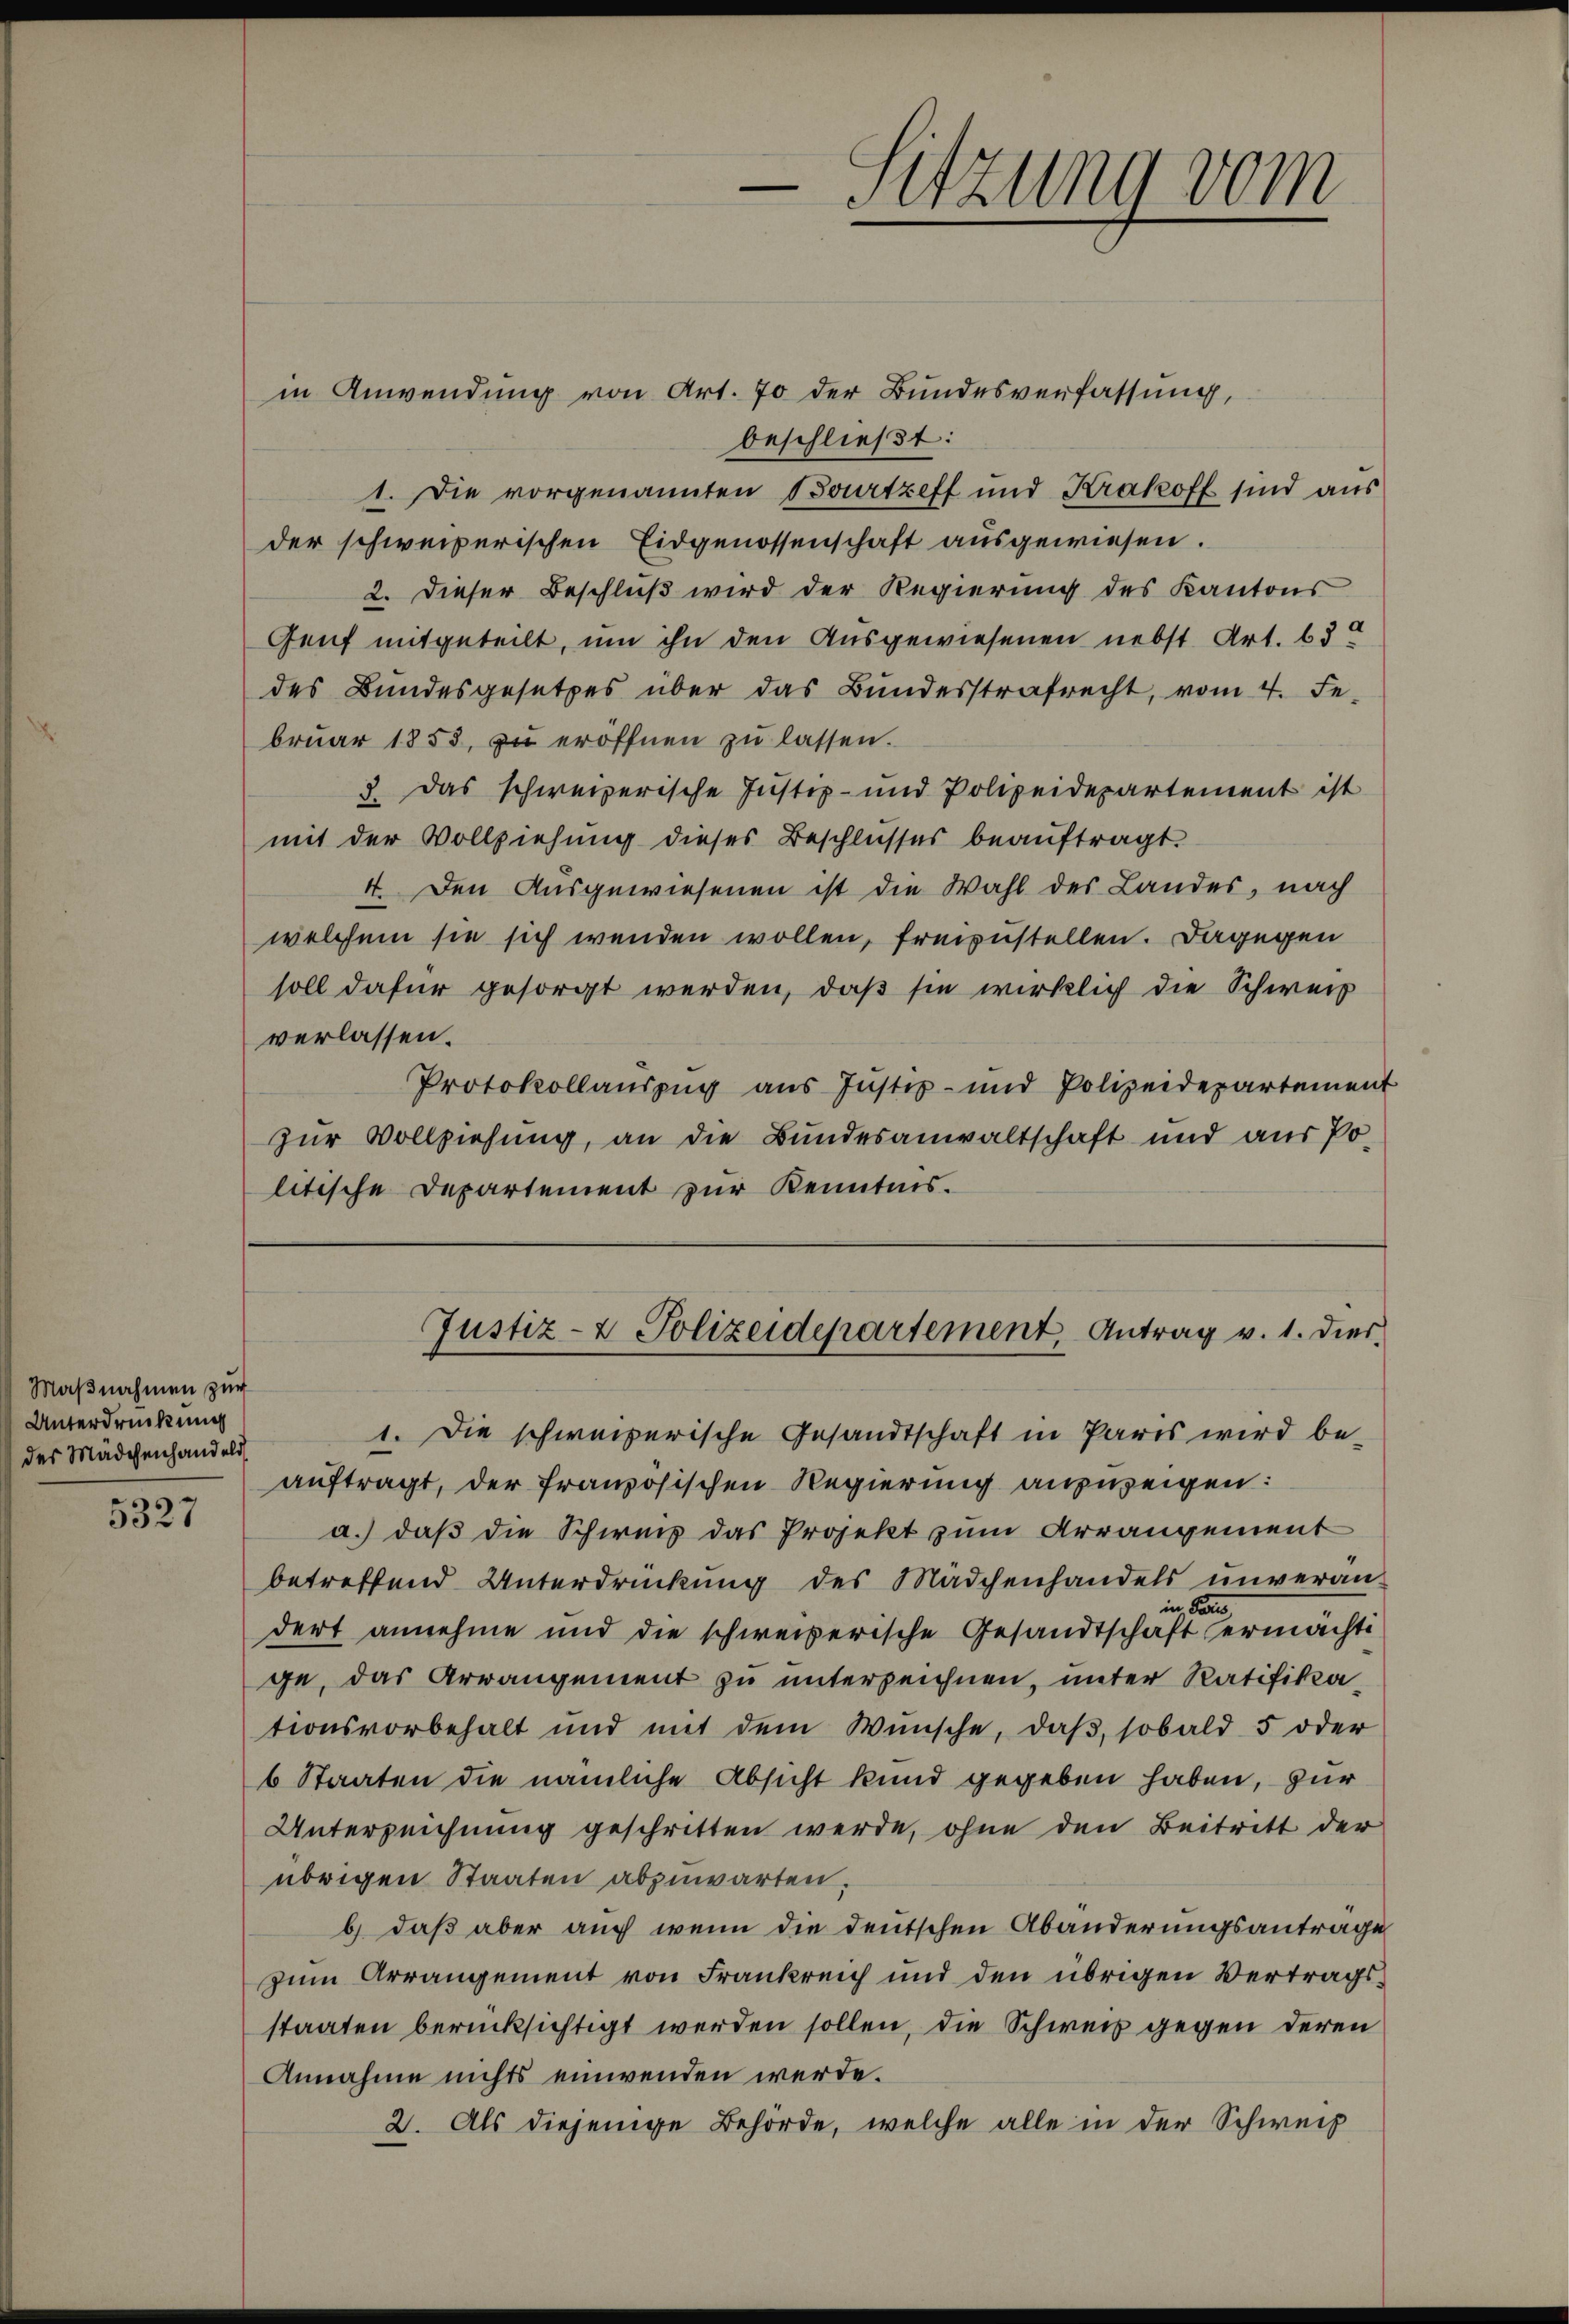
Maßnahmen zur
Unterdrückung
des Mädchenhandels

5327

-Sitzung vom

in Anwendung von Art. 70 der Bundesverfassung,
beschließt:
1. Die vorgenannten Bourtzeff und Krakoff sind aus
der schweizerischen Eidgenossenschaft ausgewiesen.
2. Dieser Beschluß wird der Regierung des Kantons
Genf mitgeteilt, um ihn den Ausgewiesenen nebst Art. 630
des Bundesgesetzes über das Bundesstrafrecht, vom 4. Fe
bruar 1853, zu eröffnen zu lassen.
). Das schweizerische Justiz- und Polizeidepartement ist
mit der Vollziehung dieses Beschlusses beauftragt.
4. Den Ausgewiesenen ist die Wahl des Landes, nach
welchem sie sich wenden wollen, freizustellen. Dagegen
soll dafür gesorgt werden, daß sie wirklich die Schweiz
verlassen.
Protokollaŭszŭg aŭs Jŭstiz- und Polizeidepartement
zŭr Vollziehung, an die Bundesanwaltschaft und aŭs Po-
litische Departement zur Kenntnis.

Justiz- & Polizeidepartement Antrag v. 1. dies

1. Die schweizerische Gesandtschaft in Paris wird be-
auftragt, der französischen Regierung anzweigen:
a.) daß die Schweis das Projekt zum Arrangement
betreffend Unterdrückung des Mädchenhandels unveran-
in Paris
dert annehme und die schweizerische Gesandtschaft ermacht
ge, das Arrangement zu unterzeichnen, unter Ratifikationsvorbehalt und mit dem Wünsche, daβ sobald 5 oder
6 Staaten die nämliche Absicht kund gegeben haben, zur
Unterzeichnung geschritten werde, ohne den Beitritt der
übrigen Staaten abzuwarten,
b) daß aber auch wenn die deutschen Abänderungsantrage
zum Arrangement von Frankreich und den übrigen Vertragsstaaten berücksichtigt werden sollen, die Schweis gegen deren
Annahme nichts einwenden werde.
2. Als diejenige Behörde, welche alle in der Schweiz